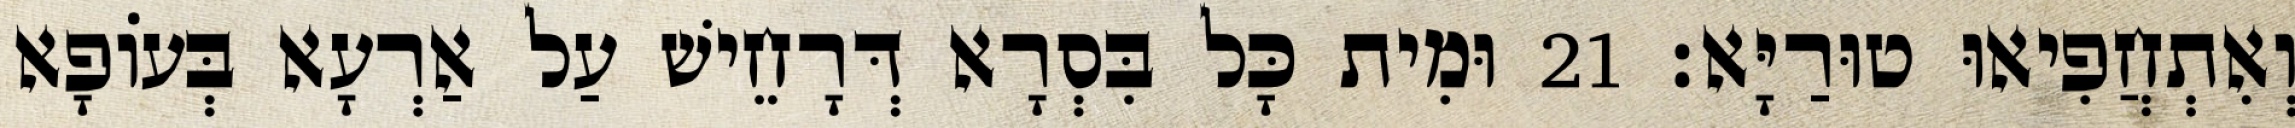
וְאִתְחֲפִיאוּ טוּרַיָּא׃ 21 וּמִית כָּל בִּסְרָא דְּרָחֵישׁ עַל אַרְעָא בְּעוֹפָא